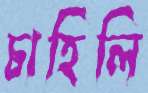
চাহিলি